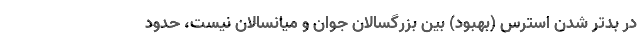
در بدتر شدن استرس (بهبود) بین بزرگسالان جوان و میانسالان نیست، حدود